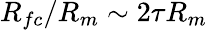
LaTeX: R_{fc}/R_{m}\sim 2\tau R_{m}